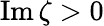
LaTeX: \operatorname{Im}\zeta>0